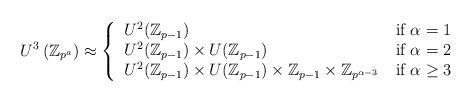
LaTeX: \begin{align*}U^{3}\left( \mathbb{Z}_{p^{a}}\right) \approx\left\{\begin{tabular}[c]{ll}$U^{2}(\mathbb{Z}_{p-1})$ & if $\alpha=1$\\$U^{2}(\mathbb{Z}_{p-1})\times U(\mathbb{Z}_{p-1})$ & if $\alpha=2$\\$U^{2}(\mathbb{Z}_{p-1})\times U(\mathbb{Z}_{p-1})\times\mathbb{Z}_{p-1}\times\mathbb{Z}_{p^{\alpha-3}}$ & if $\alpha\geq3$\end{tabular}\right.\end{align*}